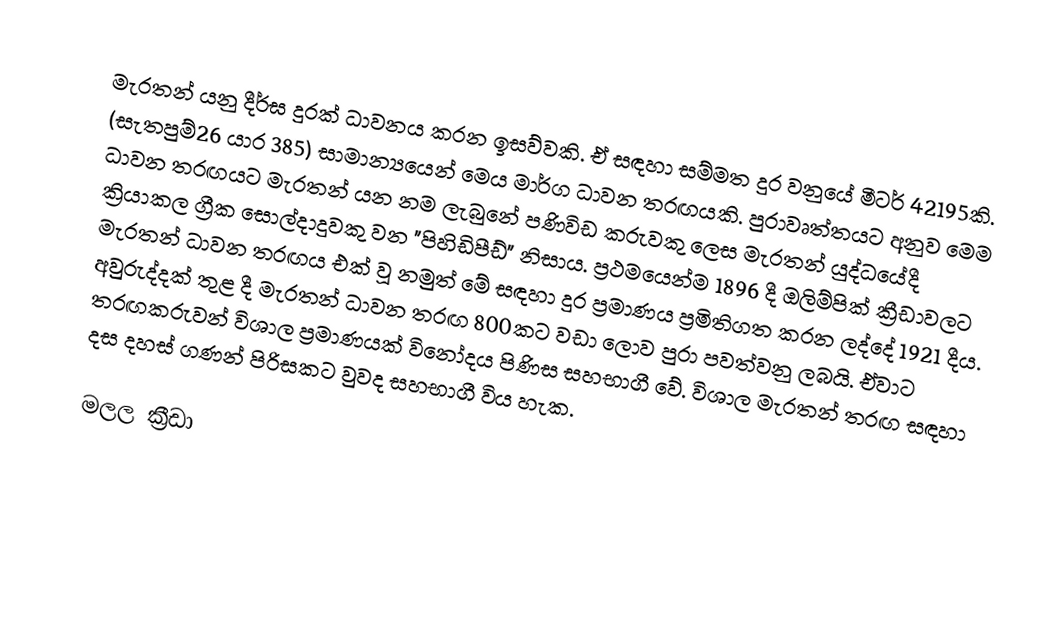
මැරතන් යනු දීර්ඝ දුරක් ධාවනය කරන ඉසව්වකි. ඒ සඳහා සම්මත දුර වනුයේ මීටර් 42195කි. (සැතපුම්26 යාර 385) සාමාන්‍ය‍යෙන් මෙය මාර්ග ධාවන තරඟයකි. පුරාවෘත්තයට අනුව මෙම ධාවන තරඟයට මැරතන් යන නම ලැබුනේ පණිවිඩ කරුවකු ලෙස මැරතන් යුද්ධයේදී ක්‍රියාකල ග්‍රීක සොල්දාදුවකු වන "පිහිඩිපීඩ්" නිසාය. ප්‍රථමයෙන්ම 1896 දී ඔලිම්පික් ක්‍රීඩාවලට මැරතන් ධාවන තරඟය එක් වූ නමුත් මේ සඳහා දුර ප්‍රමාණය ප්‍රමිතිගත කරන ලද්දේ 1921 දීය. අවුරුද්දක් තුළ දී මැරතන් ධාවන තරඟ 800කට වඩා ලොව පුරා පවත්වනු ලබයි. ඒවාට තරඟකරුවන් විශාල ප්‍රමාණයක් විනෝදය පිණිස සහභාගී වේ. විශාල මැරතන් තරඟ සඳහා දස දහස් ගණන් පිරිසකට වුවද සහභාගී විය හැක.

මලල ක්‍රීඩා